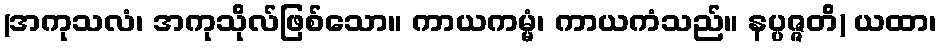
(အကုသလံ၊ အကုသိုလ်ဖြစ်သော။ ကာယကမ္မံ၊ ကာယကံသည်။ နပ္ပဇ္ဇတိ) ယထာ၊